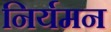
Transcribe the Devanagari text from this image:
निर्यमन